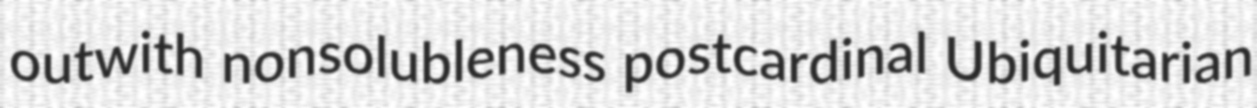
outwith nonsolubleness postcardinal Ubiquitarian